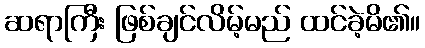
ဆရာကြီး ဖြစ်ချင်လိမ့်မည် ထင်ခဲ့မိ၏။